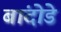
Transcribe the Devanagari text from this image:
बांदोडे